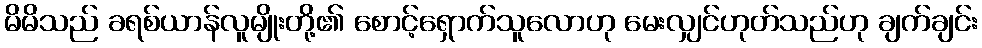
မိမိသည် ခရစ်ယာန်လူမျိုးတို့၏ စောင့်ရှောက်သူလောဟု မေးလျှင်ဟုတ်သည်ဟု ချက်ချင်း